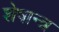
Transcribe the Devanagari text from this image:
शेषान्त्र